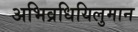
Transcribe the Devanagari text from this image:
अभिव्रधियिलुमान